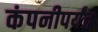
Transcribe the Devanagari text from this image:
कंपनीपर्यंत